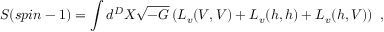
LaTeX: S ( s p i n - 1 ) = \int d ^ { D } X \sqrt { - G } \left( L _ { v } ( V , V ) + L _ { v } ( h , h ) + L _ { v } ( h , V ) \right) ~ ,